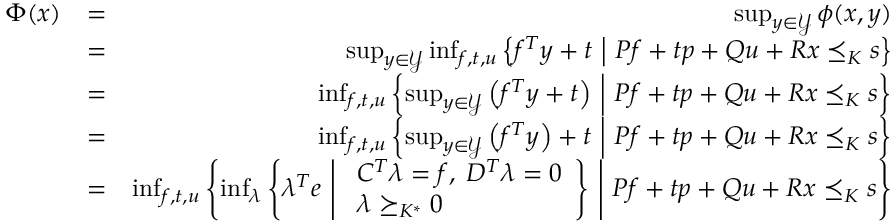
\begin{array} { r l r } { \Phi ( x ) } & { = } & { \operatorname* { s u p } _ { y \in \mathcal { Y } } \phi ( x , y ) } \\ & { = } & { \operatorname* { s u p } _ { y \in \mathcal { Y } } \operatorname* { i n f } _ { f , t , u } \left\{ f ^ { T } y + t ~ \middle | ~ P f + t p + Q u + R x \preceq _ { K } s \right\} } \\ & { = } & { \operatorname* { i n f } _ { f , t , u } \left\{ \operatorname* { s u p } _ { y \in \mathcal { Y } } \left( f ^ { T } y + t \right) ~ \middle | ~ P f + t p + Q u + R x \preceq _ { K } s \right\} } \\ & { = } & { \operatorname* { i n f } _ { f , t , u } \left\{ \operatorname* { s u p } _ { y \in \mathcal { Y } } \left( f ^ { T } y \right) + t ~ \middle | ~ P f + t p + Q u + R x \preceq _ { K } s \right\} } \\ & { = } & { \operatorname* { i n f } _ { f , t , u } \left\{ \operatorname* { i n f } _ { \lambda } \left\{ \lambda ^ { T } e ~ \middle | ~ \begin{array} { l } { C ^ { T } \lambda = f , \; D ^ { T } \lambda = 0 } \\ { \lambda \succeq _ { K ^ { * } } 0 } \end{array} \right\} ~ \middle | ~ P f + t p + Q u + R x \preceq _ { K } s \right\} } \end{array}